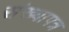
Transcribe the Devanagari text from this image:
संख्यापत्र